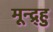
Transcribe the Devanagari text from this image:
मून्द्र्हु